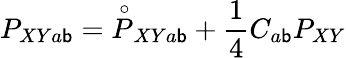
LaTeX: P_{XYa\mathsf{b}}=\stackrel{\circ}{P}_{XYa\mathsf{b}}+{\frac{{1}}{{4}}}C_{a\mathsf{b}}P_{XY}